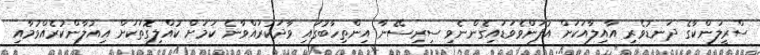
ސްރީލަންކާގެ ދަނޑުވެރި އާއިލާއަކަށް އުފަންވެވަޑައިގެންނެވި ސިރިސޭނާ އިންތިހާބުގައި ވާދަކުރައްވާނެ ކަމަށް ކުއްލިގޮތަކަށް އިއުލާންކުރެއްވުމާއި